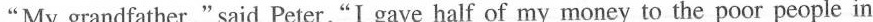
"My grandfather," said Peter, "I gave half of my money to the poor people in